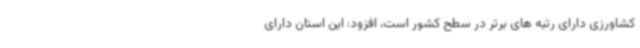
کشاورزی دارای رتبه های برتر در سطح کشور است، افزود: این استان دارای